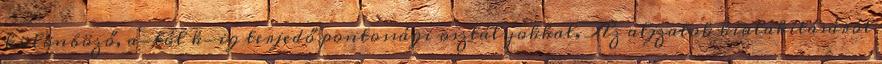
különböző, a-tól k-ig terjedő pontossági osztályokkal. Az aljzatok kialakításáról